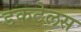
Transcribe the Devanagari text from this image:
डकटेलस